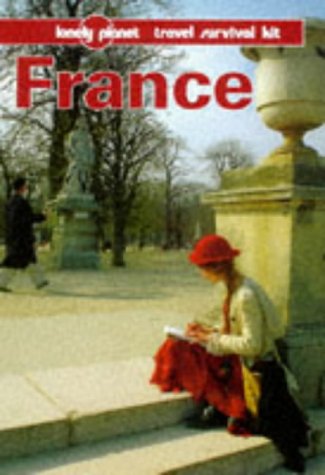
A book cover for Lonely Planet France (2nd ed); Steve Fallon; Travel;